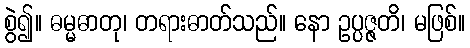
စွဲ၍။ ဓမ္မဓာတု၊ တရားဓာတ်သည်။ နော ဥပ္ပဇ္ဇတိ၊ မဖြစ်။